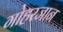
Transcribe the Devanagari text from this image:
गोहरजान